Annual report of the Punjab Veterinary College and of the Civil Veterinary Department, Punjab - 1894-1908
Year: 1894
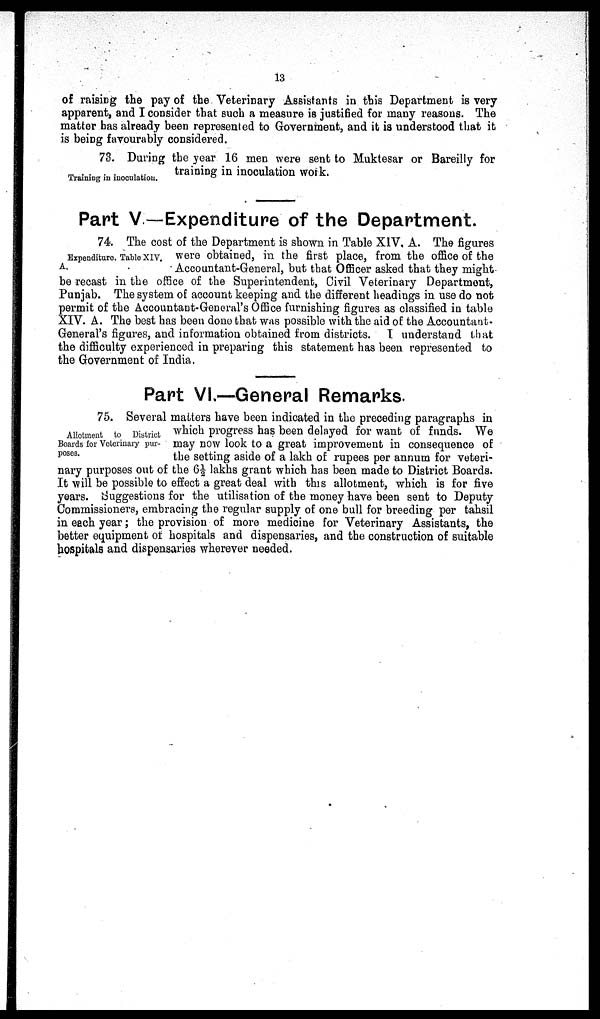
13
of raising the pay of the Veterinary Assistants in this Department is very
apparent, and I consider that such a measure is justified for many reasons. The
matter has already been represented to Government, and it is understood that it
is being favourably considered.
Training in inoculation.
73. During the year 16 men were sent to Muktesar or Bareilly for
training in inoculation work.
Part V —Expenditure of the Department.
Expenditure. Table XIV.
A.
74. The cost of the Department is shown in Table XIV, A. The figures
were obtained, in the first place, from the office of the
Accountant-General, but that Officer asked that they might
be recast in the office of the Superintendent, Civil Veterinary Department,
Punjab. The system of account keeping and the different headings in use do not
permit of the Accountant-General's Office furnishing figures as classified in table
XIV. A. The best has been done that was possible with the aid of the Accountant-
General's figures, and information obtained from districts. I understand that
the difficulty experienced in preparing this statement has been represented to
the Government of India.
Part VI—General Remarks.
Allotment to District
Boards for Veterinary pur-
poses.
75. Several matters have been indicated in the preceding paragraphs in
which progress has been delayed for want of funds. We
may now look to a great improvement in consequence of
the setting aside of a lakh of rupees per annum for veteri-
nary purposes out of the 6½ lakhs grant which has been made to District Boards.
It will be possible to effect a great deal with this allotment, which is for five
years. Suggestions for the utilisation of the money have been sent to Deputy
Commissioners, embracing the regular supply of one bull for breeding per tahsil
in each year ; the provision of more medicine for Veterinary Assistants, the
better equipment or hospitals and dispensaries, and the construction of suitable
hospitals and dispensaries wherever needed.